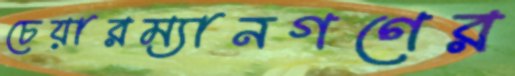
চেয়ারম্যানগণের